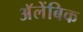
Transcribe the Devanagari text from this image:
अॅलेंबिक